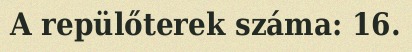
A repülőterek száma: 16.